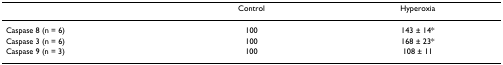
<table><thead><tr><td></td><td><b>Control</b></td><td><b>Hyperoxia</b></td></tr></thead><tbody><tr><td>Caspase 8 (n = 6)</td><td>100</td><td>143 ± 14*</td></tr><tr><td>Caspase 3 (n = 6)</td><td>100</td><td>168 ± 23*</td></tr><tr><td>Caspase 9 (n = 3)</td><td>100</td><td>108 ± 11</td></tr></tbody></table>